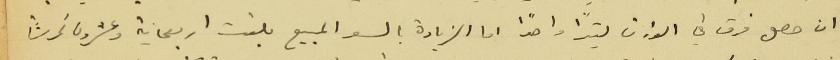
ان حصل فرق في الوزن ليترًا واحدًا اما الزيادة بالسعر المبيع بلغت اربعماية وعشرون غرشاً